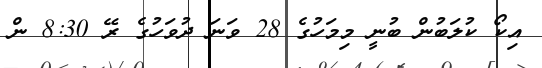
އިކޯ ކުލަބުން ބުނީ މިމަހުގެ 28 ވަނަ ދުވަހުގެ ރޭ 8:30 ން